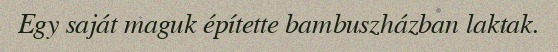
Egy saját maguk építette bambuszházban laktak.